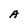
Character: A